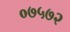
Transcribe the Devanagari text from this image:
०७५७२